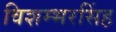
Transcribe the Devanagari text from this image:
विशम्भरसिंह